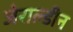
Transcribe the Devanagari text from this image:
जेराल्डीन